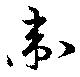
衞